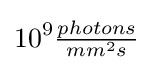
10^{9}{\tfrac {photons}{mm^{2}s}}